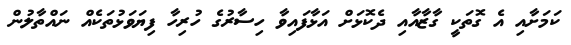
ކަމަށާއި އެ ގޮތަކީ ގާޒާއާއި ދެކޮޅަށް އަޅާފައިވާ ހިސާރުގެ ހުރިހާ ފިޔަވަޅުތަކެއް ނައްތާލުން